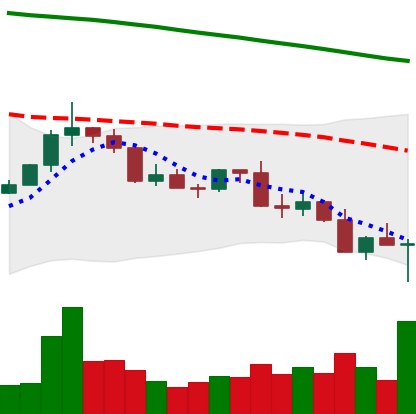
Ticker: XLM-USD
Chart end date: 2022-02-24
Forward return: 8.781%
Label: up_7plus